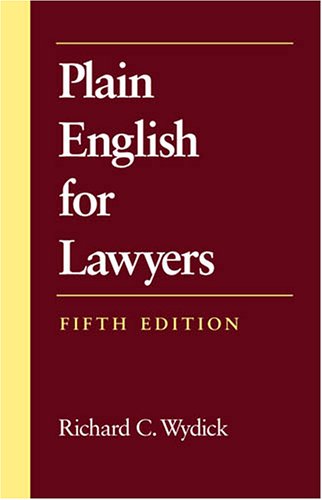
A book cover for Plain English for Lawyers; Richard C. Wydick; Law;